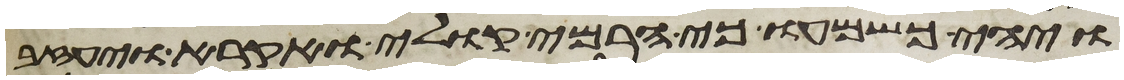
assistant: ויהי כשמעו כי הרמי קולי ואקרא ויעזב